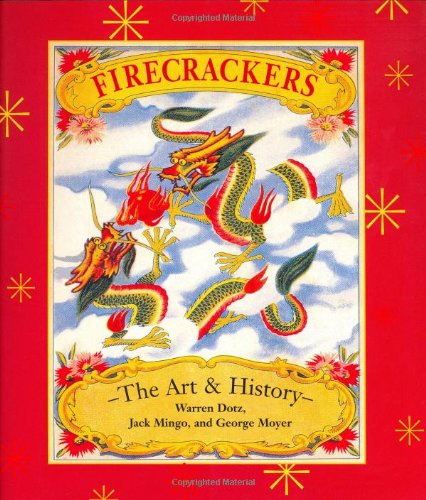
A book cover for Firecrackers: The Art and History; Warren Dotz; Crafts, Hobbies & Home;